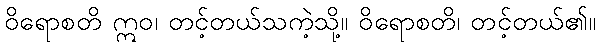
ဝိရောစတိ ဣဝ၊ တင့်တယ်သကဲ့သို့။ ဝိရောစတိ၊ တင့်တယ်၏။